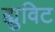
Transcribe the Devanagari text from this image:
ह्युविट